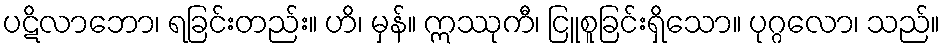
ပဋိလာဘော၊ ရခြင်းတည်း။ ဟိ၊ မှန်။ ဣဿုကီ၊ ငြူစူခြင်းရှိသော။ ပုဂ္ဂလော၊ သည်။